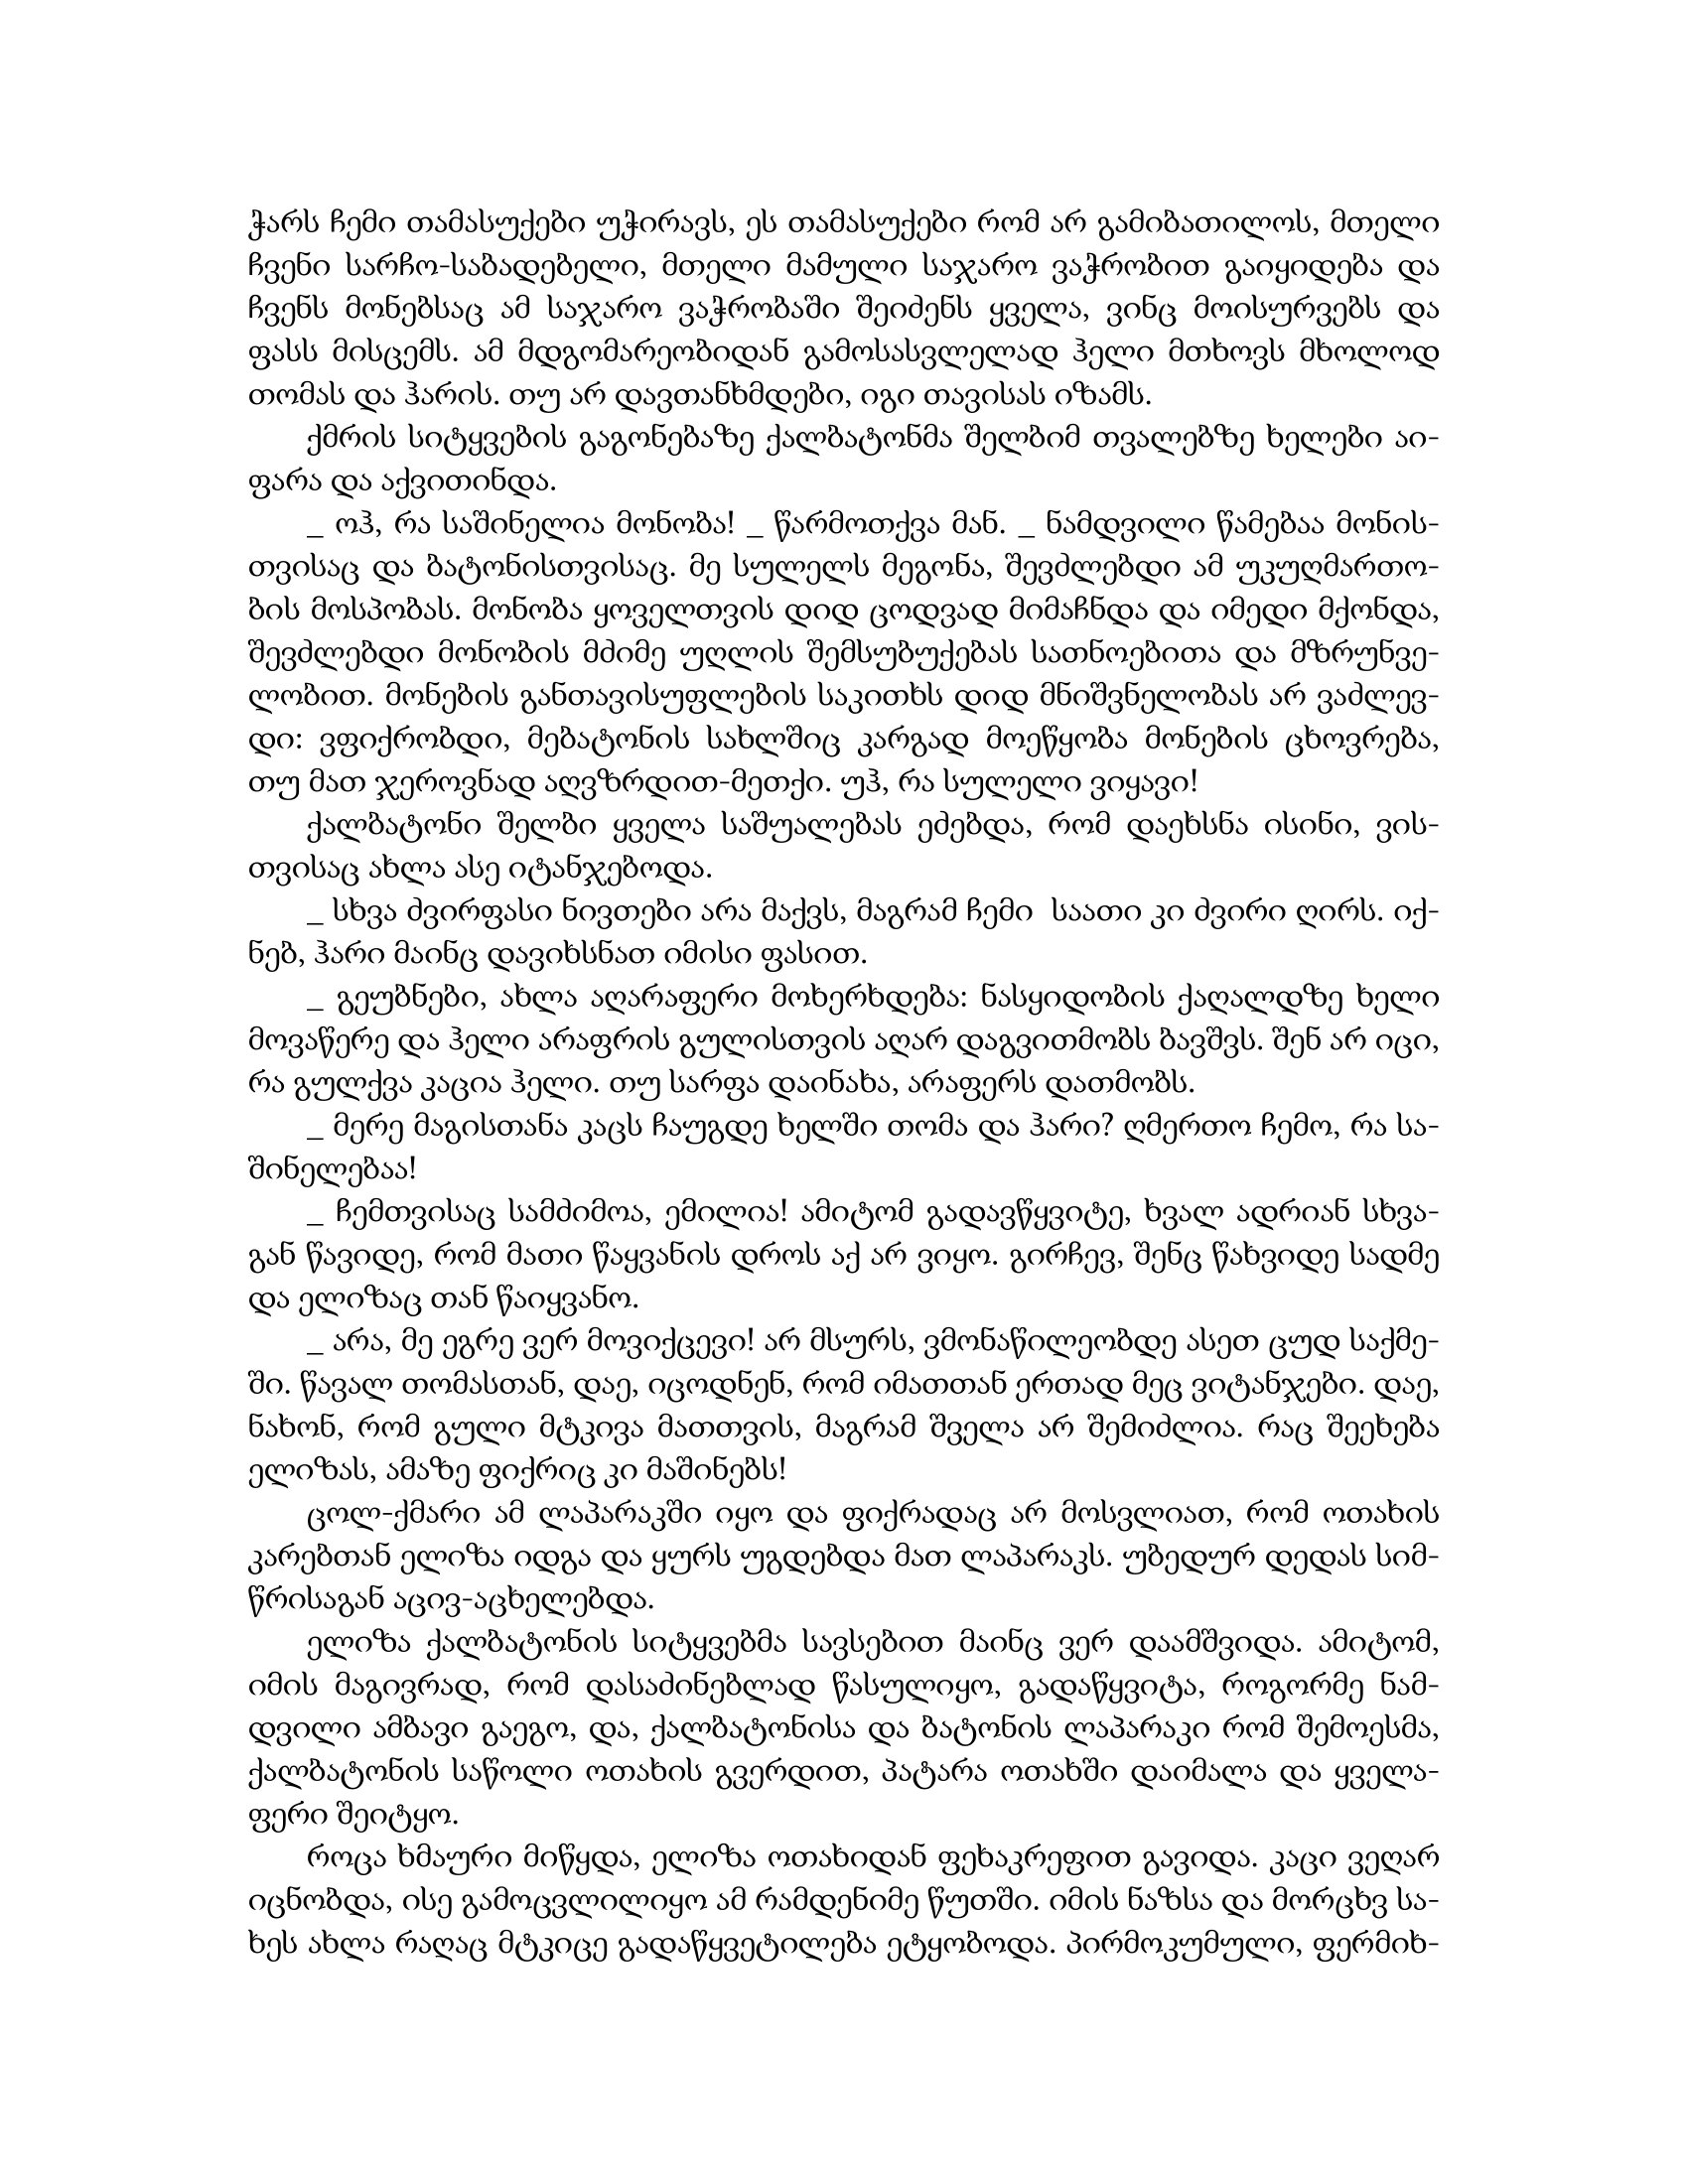
Language: gr